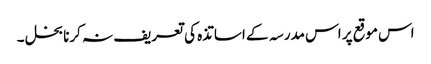
اس موقع پر اس مدرسہ کے اساتذہ کی تعریف نہ کرنا بخل ۔